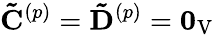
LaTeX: \mathbf{\tilde{C}}^{(p)}=\mathbf{\tilde{D}}^{(p)}=\mathbf{0}_{\mathrm{V}}